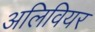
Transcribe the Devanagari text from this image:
अलिवियर